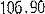
106.90